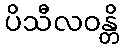
ပိသီလဝန္တိ